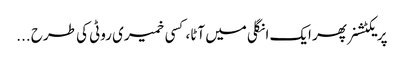
پریکٹشنر پھر ایک انگلی میں آٹا، کسی خمیری روٹی کی طرح ...